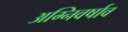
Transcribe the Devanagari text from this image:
अग्निवर्षाव